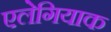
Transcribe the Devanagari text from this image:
एलेगियाक